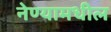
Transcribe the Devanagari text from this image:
नेण्यामधील